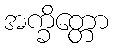
အက္ခိတ္တော